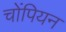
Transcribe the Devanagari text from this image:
चोंपियन